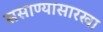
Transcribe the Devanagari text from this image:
ससाण्यासारखा